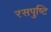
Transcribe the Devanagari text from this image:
रसपुष्टि